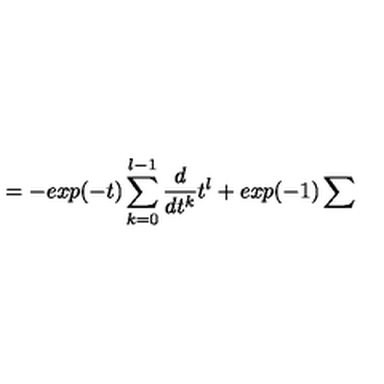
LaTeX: = - e x p ( - t ) \sum _ { k = 0 } ^ { l - 1 } \frac { d } { d t ^ { k } } t ^ { l } + e x p ( - 1 ) \sum